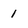
Character: 1